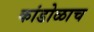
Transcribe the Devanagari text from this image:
कांडोळाच